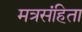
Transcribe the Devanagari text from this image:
मत्रसंहिता